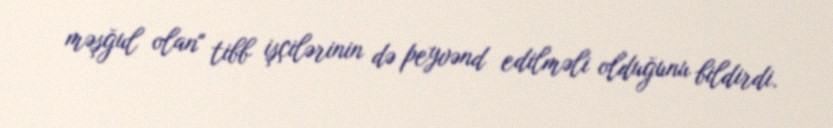
məşğul olan" tibb işçilərinin də peyvənd edilməli olduğunu bildirdi.